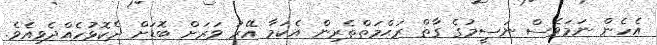
އެހެން ނަމަވެސް ނަސީމުގެ ގާތް ރަޙްމަތްތެރިން އެކަމާ އޭރު ވަރަށް ބޮޑަށް ދެކޮޅުހެއްދެވިއެވެ.